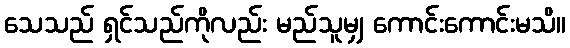
သေသည် ရှင်သည်ကိုလည်း မည်သူမျှ ကောင်းကောင်းမသိ။